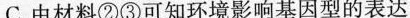
C.由材料②③可知环境影响基因型的表达